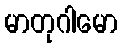
မာတုဂါမော